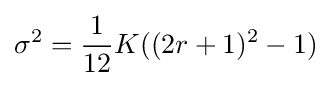
\sigma ^{2}={\frac {1}{12}}K((2r+1)^{2}-1)